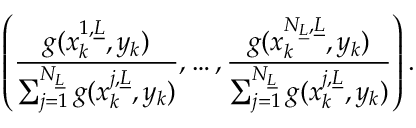
\left( \frac { g ( x _ { k } ^ { 1 , \underline { { L } } } , y _ { k } ) } { \sum _ { j = 1 } ^ { N _ { \underline { { L } } } } g ( x _ { k } ^ { j , \underline { { L } } } , y _ { k } ) } , \dots , \frac { g ( x _ { k } ^ { N _ { \underline { { L } } } , \underline { { L } } } , y _ { k } ) } { \sum _ { j = 1 } ^ { N _ { \underline { { L } } } } g ( x _ { k } ^ { j , \underline { { L } } } , y _ { k } ) } \right) .